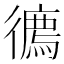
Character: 𢖇